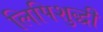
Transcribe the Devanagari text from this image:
लिपिशुद्धी